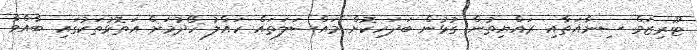
ޓޫރިޒަމް ސިނާއަތާއި ރައްޔިތުން ގުޅުން ބަދަހިކޮށް މައްސަލަތައް ހައްލު ހޯދުމަށް އަތޮޅުތަކުގައި ބާއްވާ